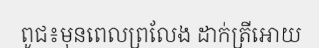
ពូជ៖មុនពេលព្រលែង ដាក់ត្រីអោយ